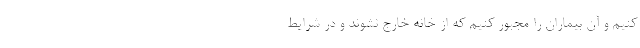
کنیم و آن بیماران را مجبور کنیم که از خانه خارج نشوند و در شرایط